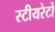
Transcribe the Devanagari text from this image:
स्टीयरेटों